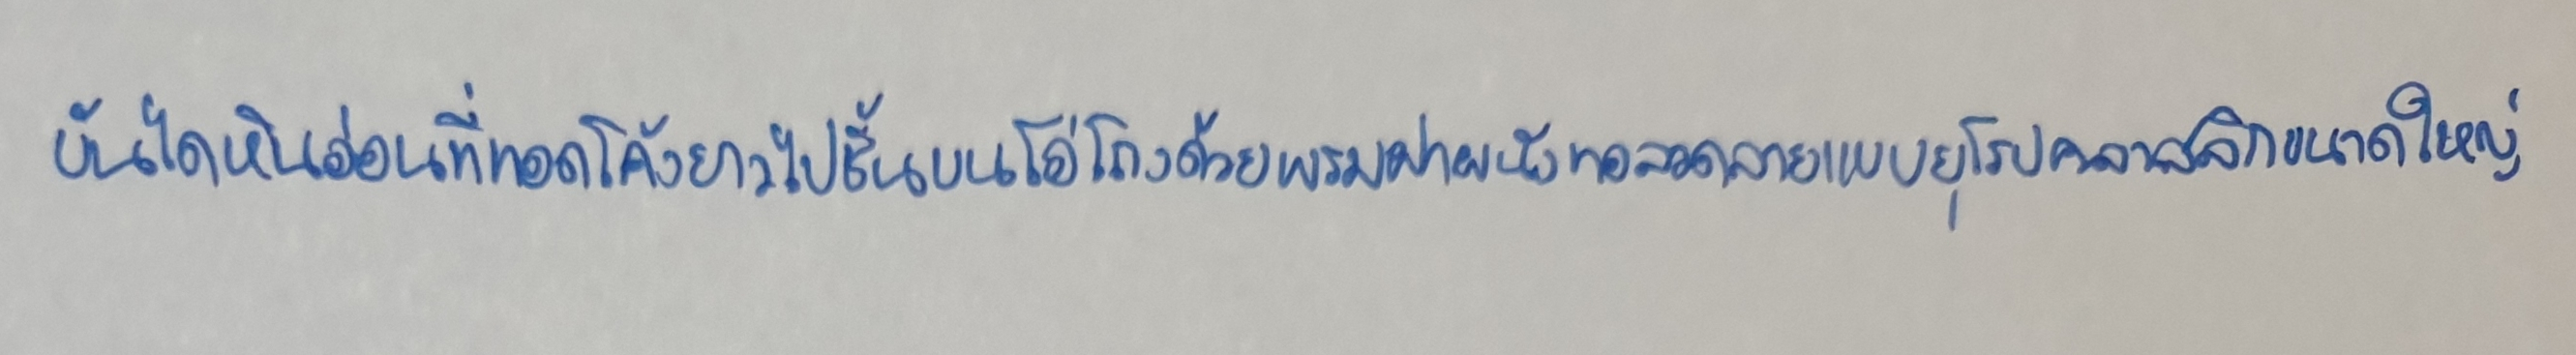
บันไดหินอ่อนที่ทอดโค้งยาวไปชั้นบนโอ่โถงด้วยพรมฝาผนังทอลวดลายแบบยุโรปคลาสสิกขนาดใหญ่